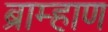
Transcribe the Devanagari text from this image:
ब्राम्हाण